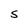
Character: S